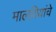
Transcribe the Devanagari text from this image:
मालवियांचे